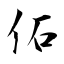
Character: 佦